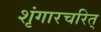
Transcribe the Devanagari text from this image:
शृंगारचरित्